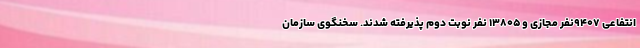
انتفاعی ۹۴۰۷نفر مجازی و ۱۳۸۰۵ نفر نوبت دوم پذیرفته شدند. سخنگوی سازمان